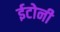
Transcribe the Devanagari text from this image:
ईटोनी